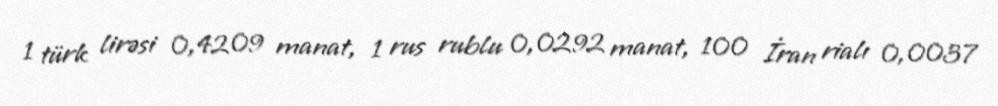
1 türk lirəsi 0,4209 manat, 1 rus rublu 0,0292 manat, 100 İran rialı 0,0037